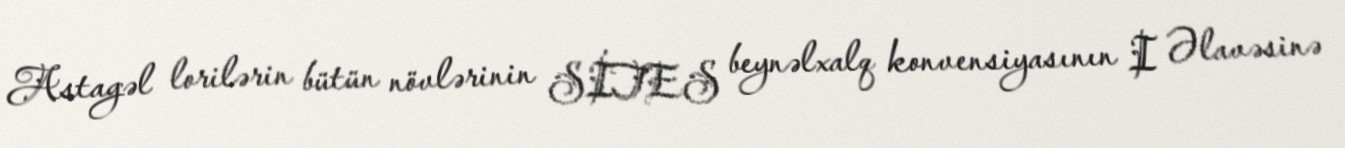
Astagəl lorilərin bütün növlərinin SİTES beynəlxalq konvensiyasının I Əlavəsinə